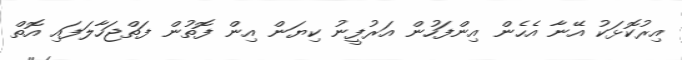
އިރުކޮޅަކު އޭނާ އެހެން އިންފަހުން އަރުފީނު ކިޔަން އިން ފޮތުން ފަތްޖަހާލަފައި އޮތް